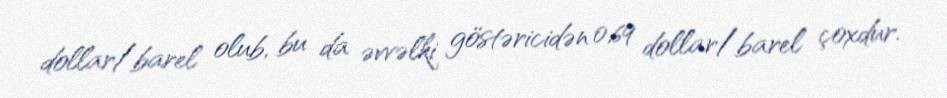
dollar/barel olub, bu da əvvəlki göstəricidən 0,69 dollar/barel çoxdur.